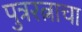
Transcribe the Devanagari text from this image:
पुत्ररत्नाचा